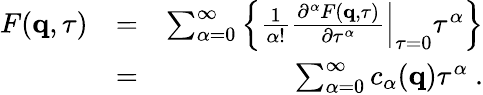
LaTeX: \begin{array}{rlr}{F(\mathbf{q},\tau)}&{=}&{\sum_{\alpha=0}^{\infty}\left\{ \frac{1}{\alpha!}\left.\frac{\partial^{\alpha}F(\mathbf{q},\tau)}{\partial\tau^{\alpha}}\right|_{\tau=0}\tau^{\alpha}\right\} }\\ &{=}&{\sum_{\alpha=0}^{\infty}c_{\alpha}(\mathbf{q})\tau^{\alpha}\ .}\end{array}